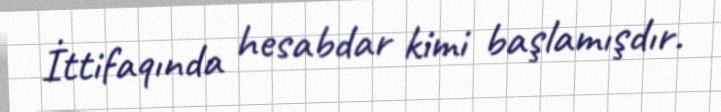
İttifaqında hesabdar kimi başlamışdır.